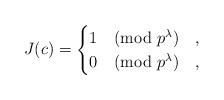
LaTeX: \begin{align*} J(c) = \begin{cases} 1 \pmod{p^\lambda} & , \\ 0 \pmod{p^\lambda} & , \end{cases}\end{align*}